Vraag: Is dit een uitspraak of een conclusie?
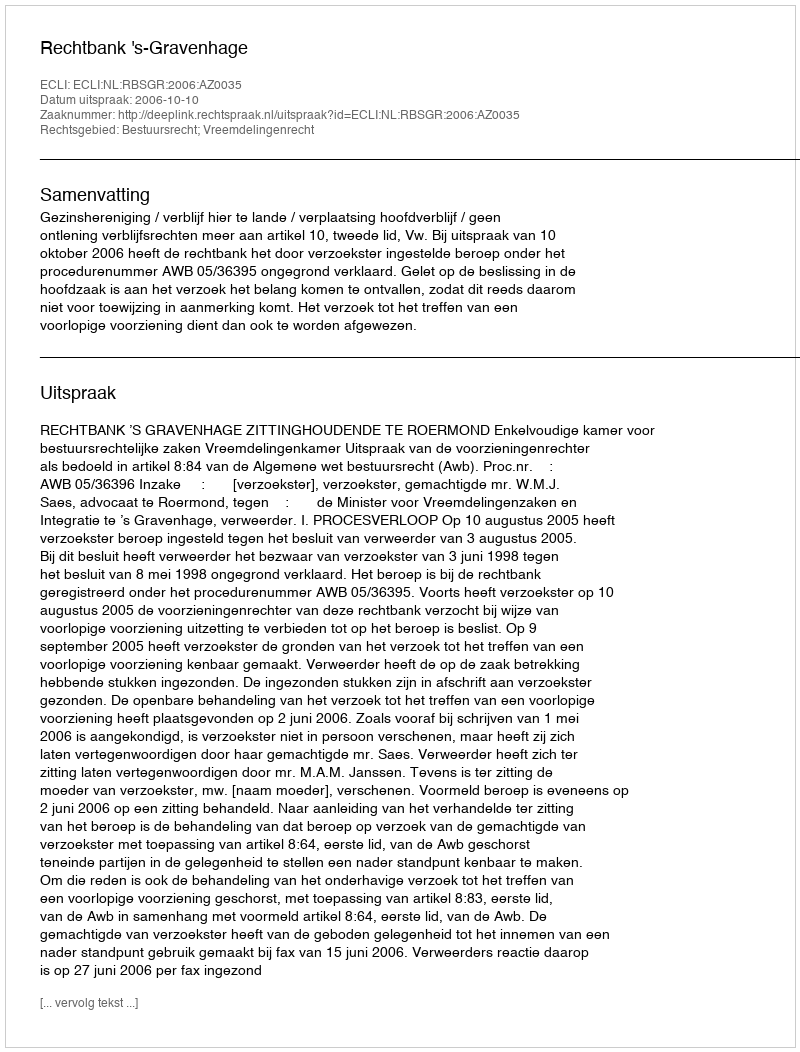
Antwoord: Uitspraak